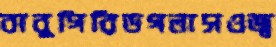
বাবুগিরিডগলাসওজ্ব